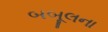
બબૂલના